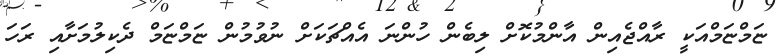
ޏަމްޏަމްއަކީ ރާއްޖެއިން އާންމުކޮށް ލިބެން ހުންނަ އެއްޗަކަށް ނުވުމުން ޏަމްޏަމް ދެކިލުމަށާއި ރަހަ